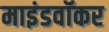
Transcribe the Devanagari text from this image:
माइंडवॉकर